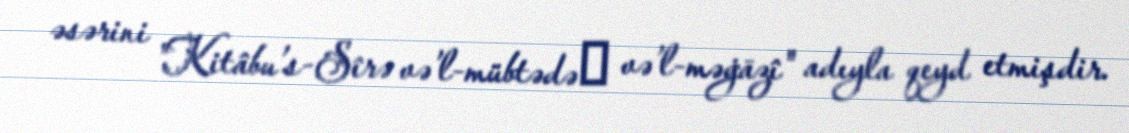
əsərini "Kitâbu’s-Sîrə və’l-mübtədəʾ və’l-məġāzî" adıyla qeyd etmişdir.